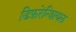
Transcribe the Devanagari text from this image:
डिफ़रेन्शियल